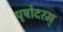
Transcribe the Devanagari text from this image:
पृषोदरम्